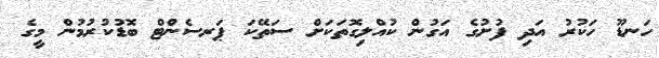
ހަނޑޫ ހަކުރު އަދި ފުށުގެ އަގުން ކުއްލިގޮތަކަށް ސަތޭކަ ޕަރސެންޓް ބޮޑުކުރުމުން މީގެ